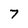
Character: 7